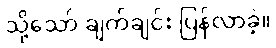
သို့သော် ချက်ချင်း ပြန်လာခဲ့။